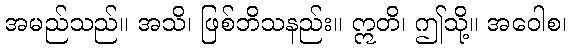
အမည်သည်။ အသိ၊ ဖြစ်ဘိသနည်း။ ဣတိ၊ ဤသို့။ အဝေါစ၊